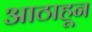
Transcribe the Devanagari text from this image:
आठाहून